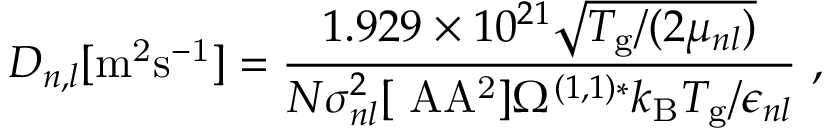
D _ { n , l } [ \mathrm { m ^ { 2 } s ^ { - 1 } } ] = \frac { 1 . 9 2 9 \times 1 0 ^ { 2 1 } \sqrt { T _ { \mathrm { g } } / ( 2 \mu _ { n l } ) } } { N \sigma _ { n l } ^ { 2 } [ \mathrm { \ A A ^ { 2 } } ] \Omega ^ { ( 1 , 1 ) * } k _ { \mathrm { B } } T _ { \mathrm { g } } / \epsilon _ { n l } } \ ,